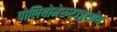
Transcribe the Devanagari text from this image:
पोलियोमेरुरज्जुशोथ